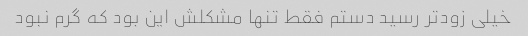
خیلی زودتر رسید دستم فقط تنها مشکلش این بود که گرم نبود